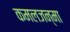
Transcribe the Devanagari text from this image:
कमलजन्मा